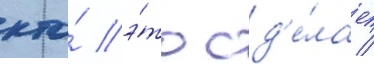
кто́ э́то сд'е́лает /